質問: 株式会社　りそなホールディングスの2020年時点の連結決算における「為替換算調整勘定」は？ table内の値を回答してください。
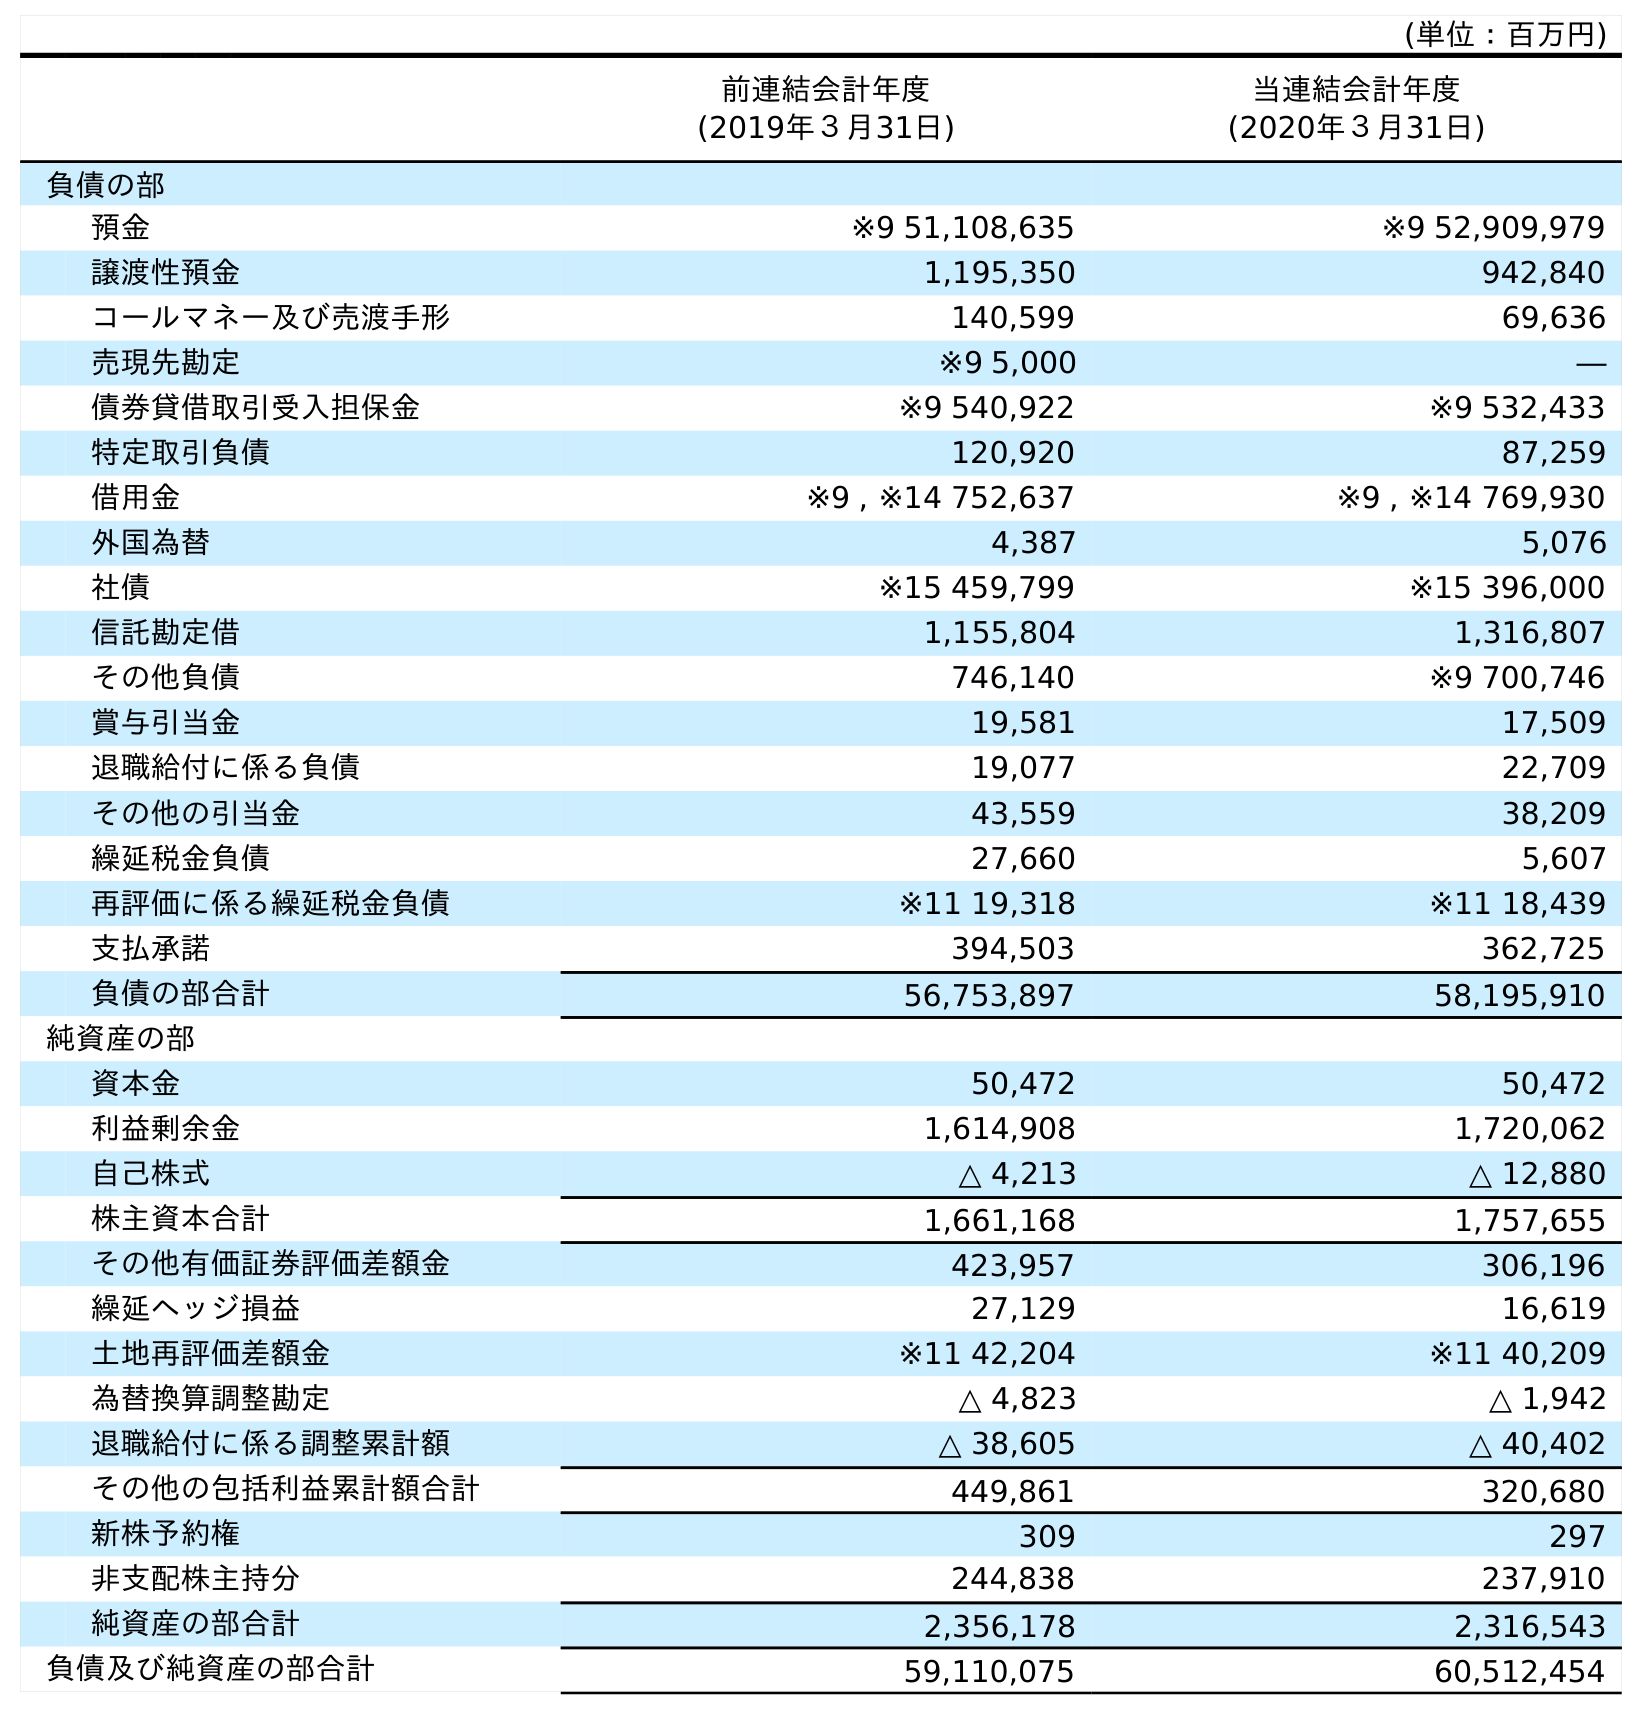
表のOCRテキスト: (単位：百万円) 前連結会計年度 (2019年３月31日) 当連結会計年度 (2020年３月31日) 負債の部 預金 ※9 51,108,635 ※9 52,909,979 譲渡性預金 1,195,350 942,840 コールマネー及び売渡手形 140,599 69,636 売現先勘定 ※9 5,000 ― 債券貸借取引受入担保金 ※9 540,922 ※9 532,433 特定取引負債 120,920 87,259 借用金 ※9 , ※14 752,637 ※9 , ※14 769,930 外国為替 4,387 5,076 社債 ※15 459,799 ※15 396,000 信託勘定借 1,155,804 1,316,807 その他負債 746,140 ※9 700,746 賞与引当金 19,581 17,509 退職給付に係る負債 19,077 22,709 その他の引当金 43,559 38,209 繰延税金負債 27,660 5,607 再評価に係る繰延税金負債 ※11 19,318 ※11 18,439 支払承諾 394,503 362,725 負債の部合計 56,753,897 58,195,910 純資産の部 資本金 50,472 50,472 利益剰余金 1,614,908 1,720,062 自己株式 △ 4,213 △ 12,880 株主資本合計 1,661,168 1,757,655 その他有価証券評価差額金 423,957 306,196 繰延ヘッジ損益 27,129 16,619 土地再評価差額金 ※11 42,204 ※11 40,209 為替換算調整勘定 △ 4,823 △ 1,942 退職給付に係る調整累計額 △ 38,605 △ 40,402 その他の包括利益累計額合計 449,861 320,680 新株予約権 309 297 非支配株主持分 244,838 237,910 純資産の部合計 2,356,178 2,316,543 負債及び純資産の部合計 59,110,075 60,512,454
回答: △1,942